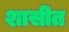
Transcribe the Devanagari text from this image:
शासीत